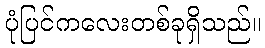
ပုံပြင်ကလေးတစ်ခုရှိသည်။